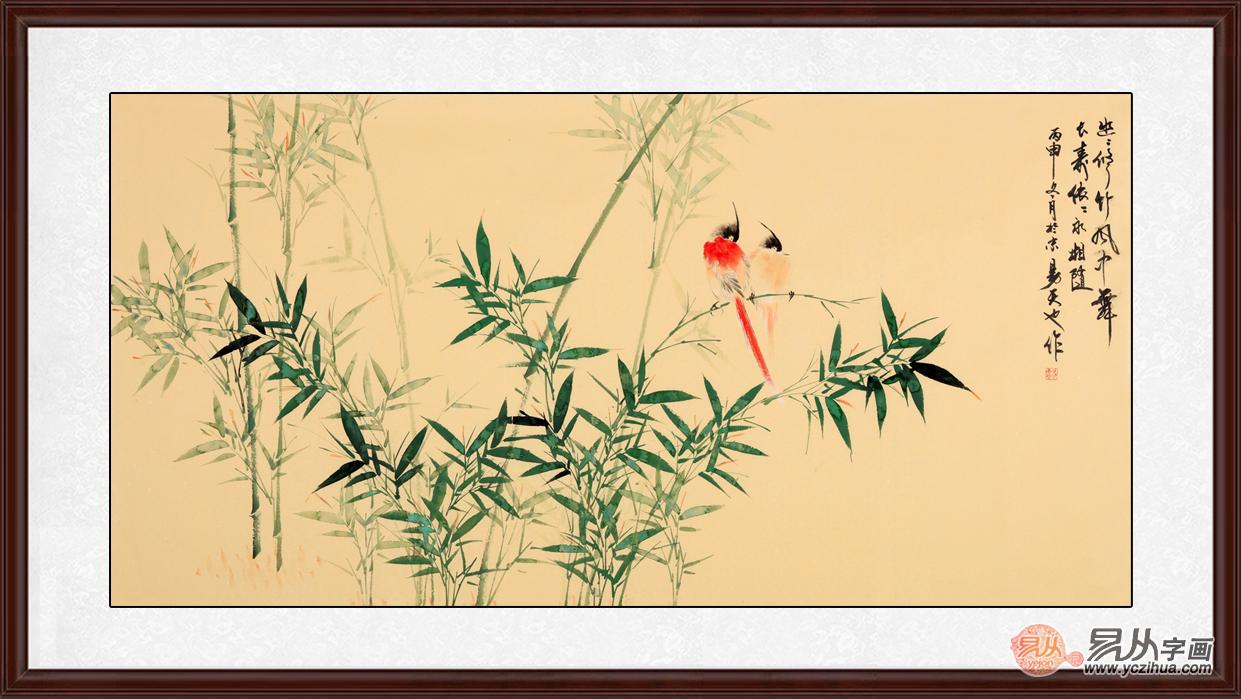
欢宴良宵好月，佳人修竹清风。